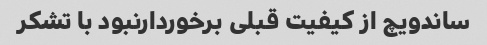
ساندویچ از کیفیت قبلی برخوردارنبود با تشکر